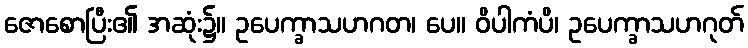
ဇောစောပြီး၏ အဆုံး၌။ ဥပေက္ခာသဟဂတ၊ ပေ။ ဝိပါကံပိ၊ ဥပေက္ခာသဟဂုတ်